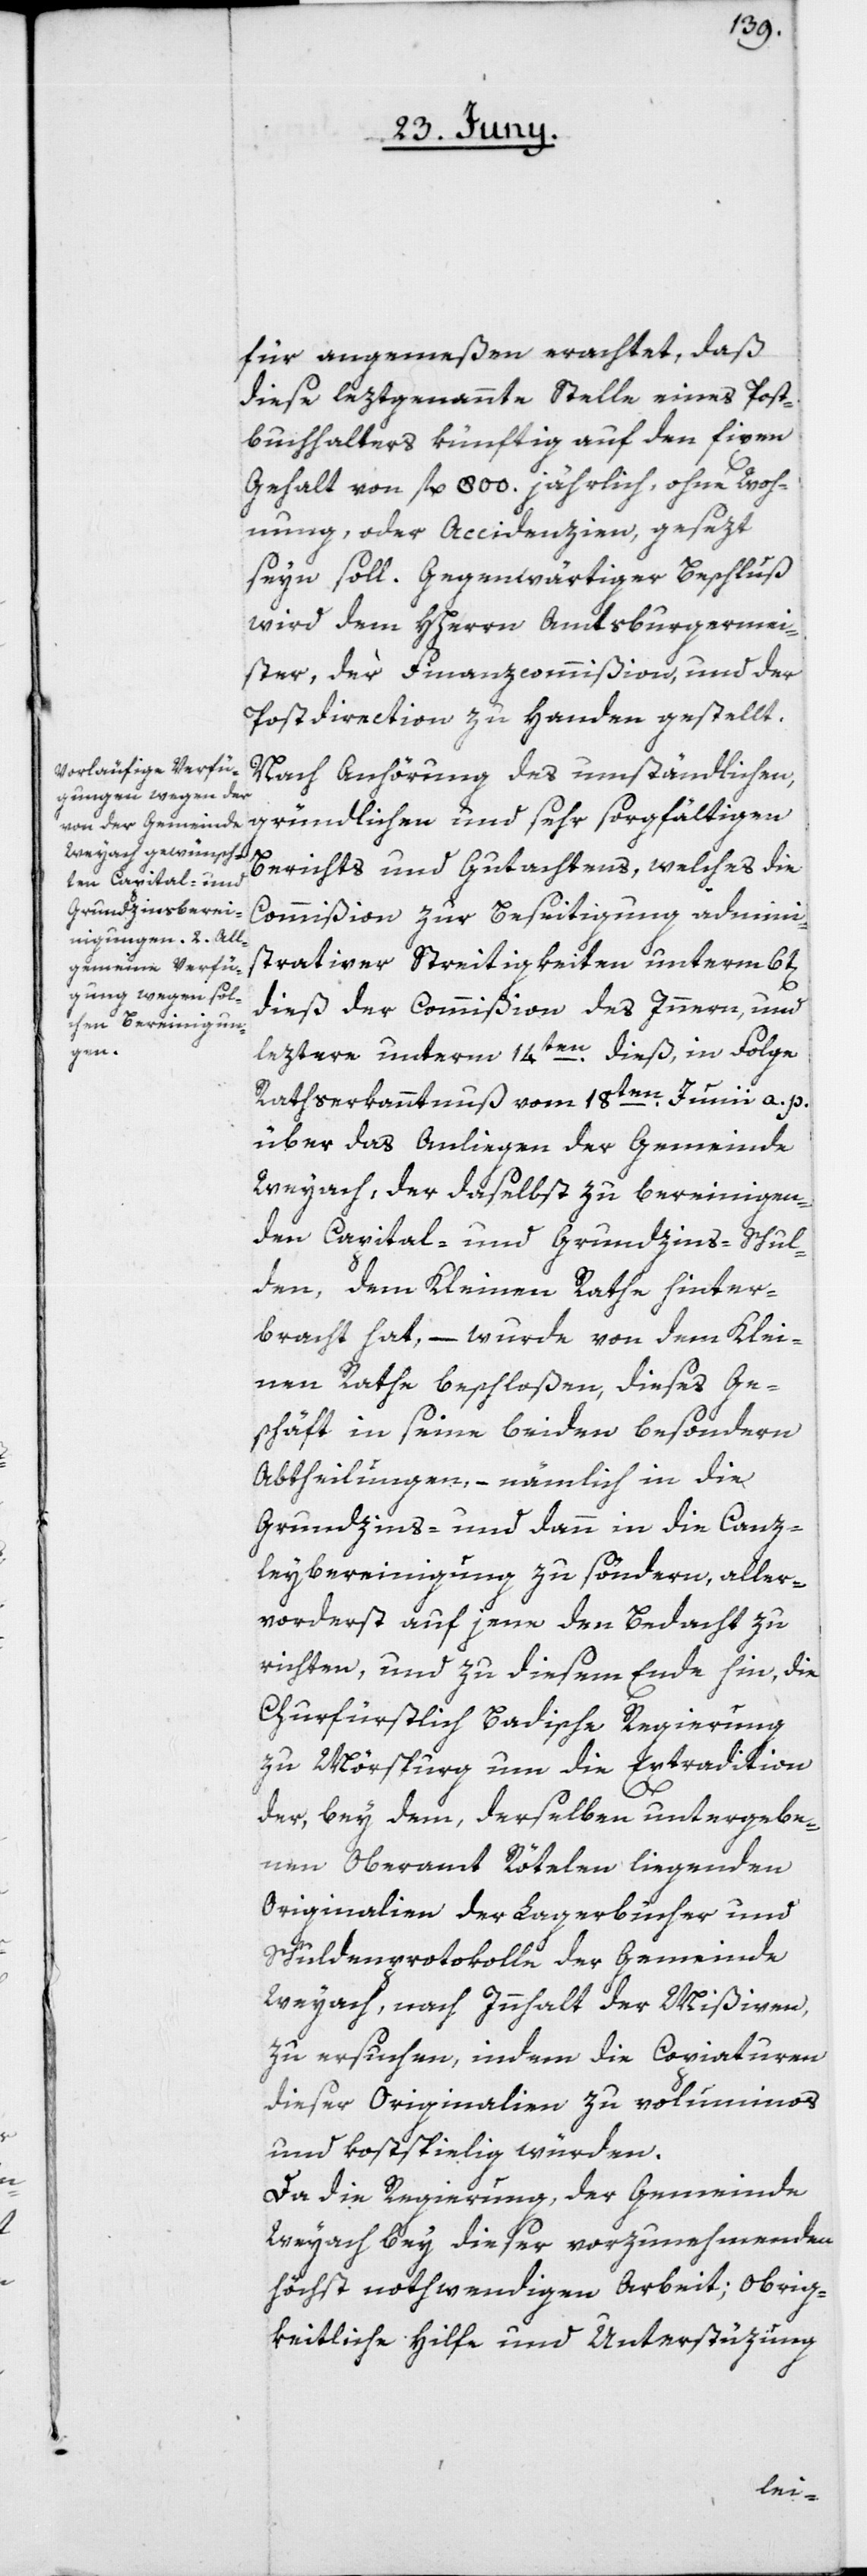
für angemeßen erachtet, daß
diese leztgenannte Stelle eines Post¬
buchhalters künftig auf den fixen
Gehalt von fl. 800 jährlich, ohne Woh¬
nung oder Accidenzien, gesezt
seyn soll. Gegenwärtiger Beschluß
wird dem HHerrn Amtsburgermei¬
ster, der Finanzcommißion und der
Postdirection zu Handen gestellt.
Nach Anhörung des umständlichen,
gründlichen und sehr sorgfältigen
Berichts und Gutachtens, welches die
Commißion zur Beseitigung admini¬
strativer Streitigkeiten unterm 6t[en]
dieß der Commißion des Innern, und
leztere unterm 14ten dieß, in Folge
Rathserkanntnuß vom 18ten Junii a. p.
über das Anliegen der Gemeinde
Weyach, der daselbst zu bereinigen¬
den Capital- und Grundzins-Schul¬
den, dem Kleinen Rathe hinter¬
bracht hat, – wurde von dem Klei¬
nen Rathe beschloßen, dieses Ge¬
schäft in seine beiden besondern
Abtheilungen, – nämlich in die
Grundzins- und dann in die Canz¬
leybereinigung zu söndern, aller¬
vorderst auf jene den Bedacht zu
richten, und zu diesem Ende hin, die
Churfürstlich Badische Regierung
zu Mörspurg um die Extradition
der, bey dem, derselben untergebe¬
nen Oberamt Rötelen liegenden
Originalien der Lagerbücher und
Schuldenprotokolle der Gemeinde
Weyach, nach Innhalt der Mißiven,
zu ersuchen, indem die Copiaturen
dieser Originalien zu voluminos
und kostspielig würden.
Da die Regierung der Gemeinde
Weiyach bey dieser vorzumachenden
höchst nothwendigen Arbeit; Obrig¬
keitliche Hilfe und Unterstüzung